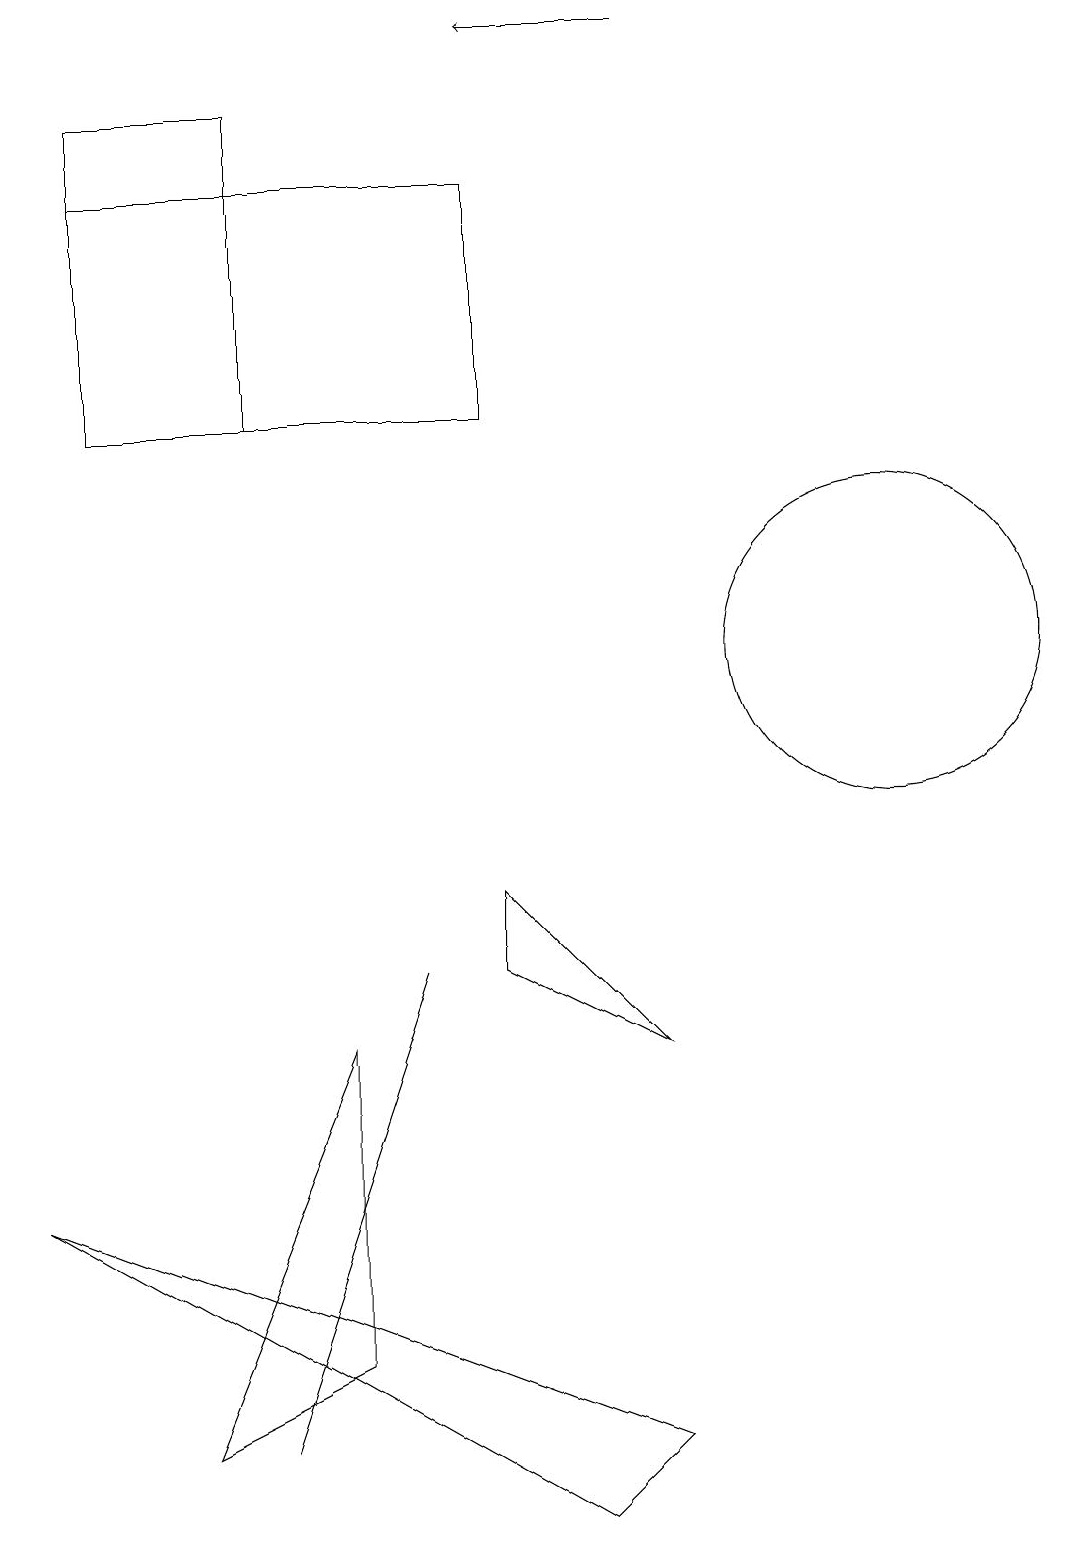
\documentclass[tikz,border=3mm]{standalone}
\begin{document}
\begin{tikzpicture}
\draw (3,18) rectangle (1,14);
\draw (11,11) circle (2);
\draw (6,8) -- (8,6) -- (6,7) -- cycle;
\draw (0,4) -- (8,1) -- (7,0) -- cycle;
\draw[->] (8,19) -- (6,19);
\draw (6,17) rectangle (1,14);
\draw (4,6) -- (2,1) -- (4,2) -- cycle;
\draw (3,1) -- (4,4) -- (5,7) -- cycle;
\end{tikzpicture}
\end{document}